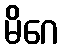
မိဂေ